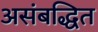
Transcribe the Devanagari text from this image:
असंबद्धित